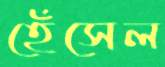
হেঁসেল